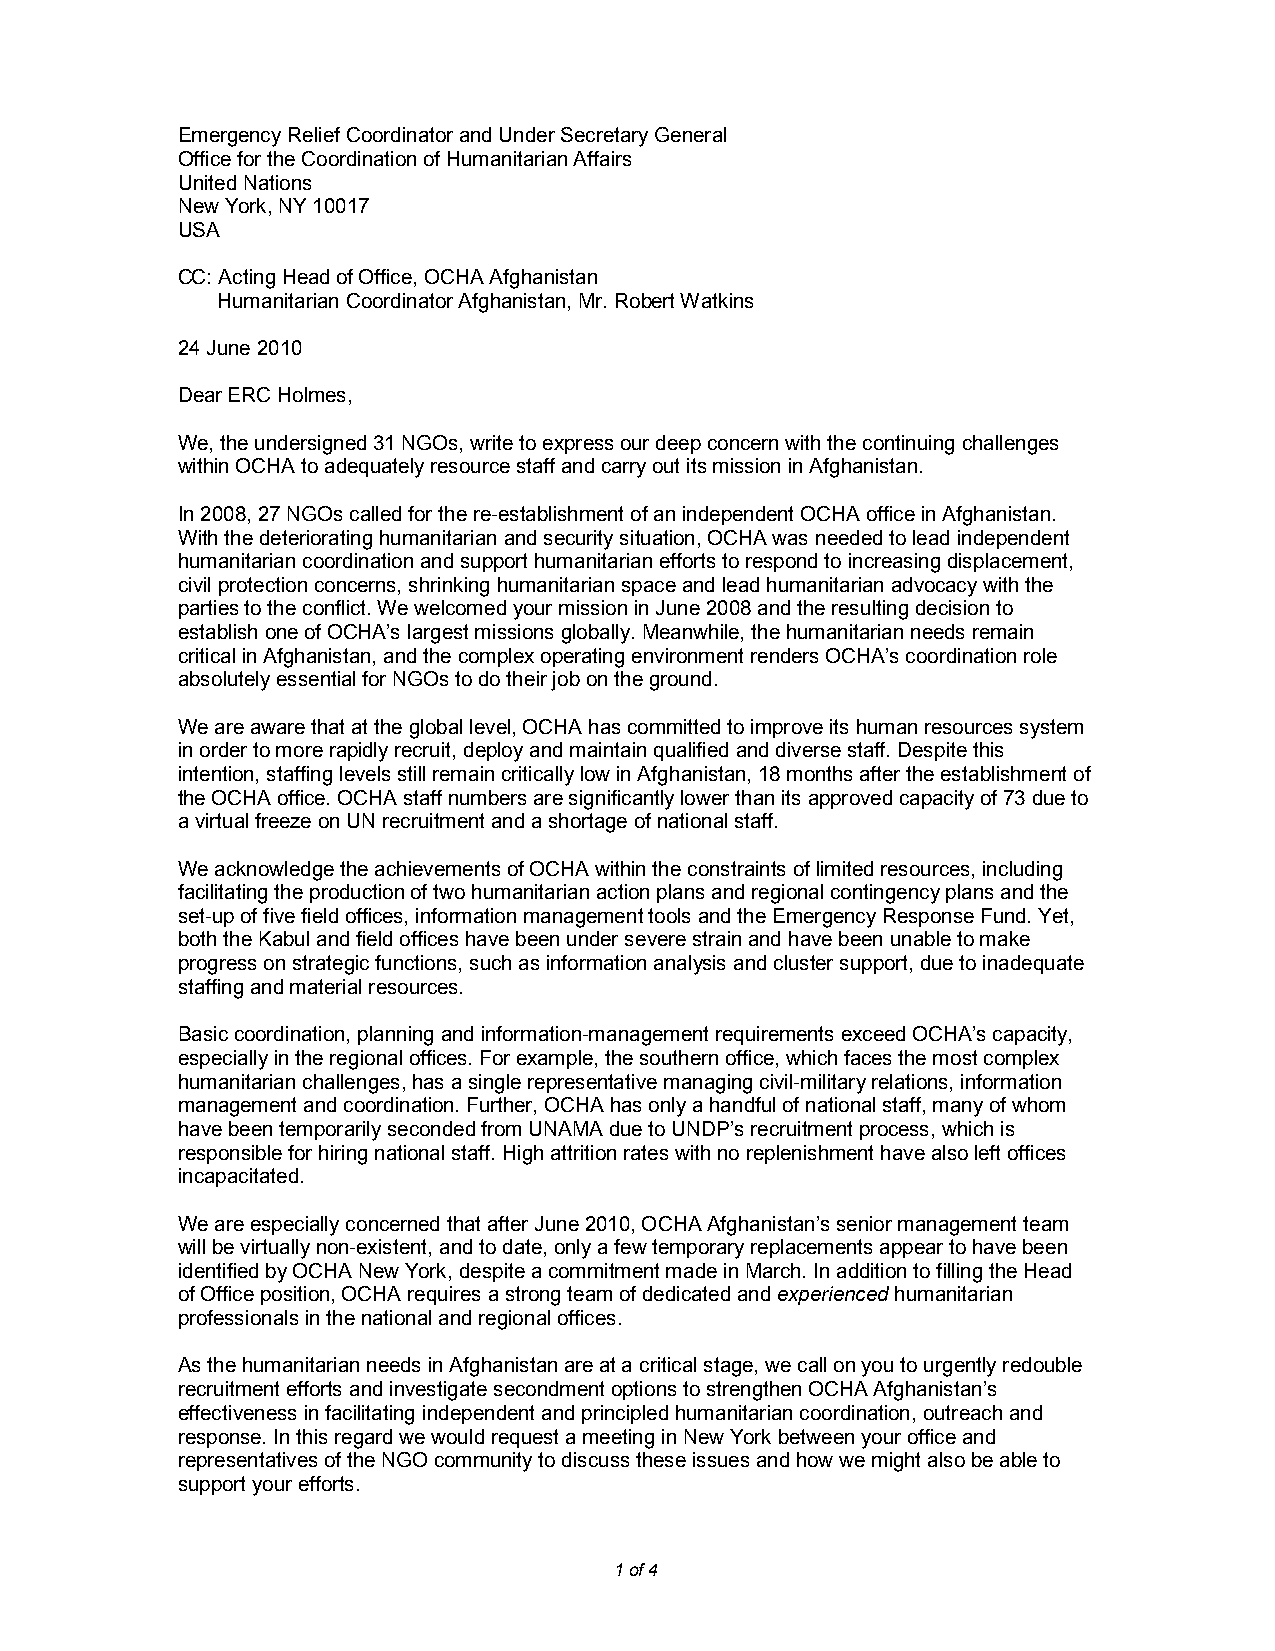
Emergency Relief Coordinator and Under Secretary General
 Office for the Coordination of Humanitarian Affairs
 United Nations
 New York, NY 10017
 USA
 CC: Acting Head of Office, OCHA Afghanistan
 Humanitarian Coordinator Afghanistan, Mr. Robert Watkins
 24 June 2010
 Dear ERC Holmes,
 We, the undersigned 31 NGOs, write to express our deep concern with the continuing challenges
 within OCHA to adequately resource staff and carry out its mission in Afghanistan.
 In 2008, 27 NGOs called for the re-establishment of an independent OCHA office in Afghanistan.
 With the deteriorating humanitarian and security situation, OCHA was needed to lead independent
 humanitarian coordination and support humanitarian efforts to respond to increasing displacement,
 civil protection concerns, shrinking humanitarian space and lead humanitarian advocacy with the
 parties to the conflict. We welcomed your mission in June 2008 and the resulting decision to
 establish one of OCHA’s largest missions globally. Meanwhile, the humanitarian needs remain
 critical in Afghanistan, and the complex operating environment renders OCHA’s coordination role
 absolutely essential for NGOs to do their job on the ground.
 We are aware that at the global level, OCHA has committed to improve its human resources system
 in order to more rapidly recruit, deploy and maintain qualified and diverse staff. Despite this
 intention, staffing levels still remain critically low in Afghanistan, 18 months after the establishment of
 the OCHA office. OCHA staff numbers are significantly lower than its approved capacity of 73 due to
 a virtual freeze on UN recruitment and a shortage of national staff.
 We acknowledge the achievements of OCHA within the constraints of limited resources, including
 facilitating the production of two humanitarian action plans and regional contingency plans and the
 set-up of five field offices, information management tools and the Emergency Response Fund. Yet,
 both the Kabul and field offices have been under severe strain and have been unable to make
 progress on strategic functions, such as information analysis and cluster support, due to inadequate
 staffing and material resources.
 Basic coordination, planning and information-management requirements exceed OCHA’s capacity,
 especially in the regional offices. For example, the southern office, which faces the most complex
 humanitarian challenges, has a single representative managing civil-military relations, information
 management and coordination. Further, OCHA has only a handful of national staff, many of whom
 have been temporarily seconded from UNAMA due to UNDP’s recruitment process, which is
 responsible for hiring national staff. High attrition rates with no replenishment have also left offices
 incapacitated.
 We are especially concerned that after June 2010, OCHA Afghanistan’s senior management team
 will be virtually non-existent, and to date, only a few temporary replacements appear to have been
 identified by OCHA New York, despite a commitment made in March. In addition to filling the Head
 of Office position, OCHA requires a strong team of dedicated and experienced humanitarian
 professionals in the national and regional offices.
 As the humanitarian needs in Afghanistan are at a critical stage, we call on you to urgently redouble
 recruitment efforts and investigate secondment options to strengthen OCHA Afghanistan’s
 effectiveness in facilitating independent and principled humanitarian coordination, outreach and
 response. In this regard we would request a meeting in New York between your office and
 representatives of the NGO community to discuss these issues and how we might also be able to
 support your efforts.
 1 of 4